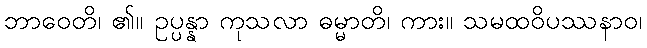
ဘာဝေတိ၊ ၏။ ဥပ္ပန္နာ ကုသလာ ဓမ္မာတိ၊ ကား။ သမထဝိပဿနာဝ၊